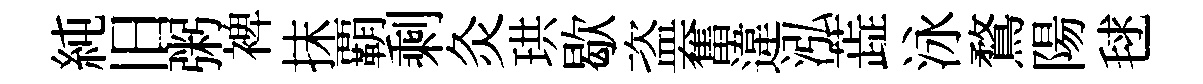
純旧粥裨抹覇剩灸珙歇盗奮違泓蕋泳鶩陽毬